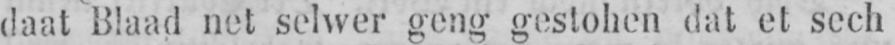
daat Blaad net selwer geng gestohen dat et sech